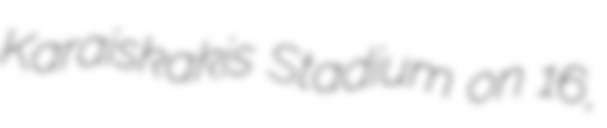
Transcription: Karaiskakis Stadium on 16,